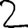
Digit: 2